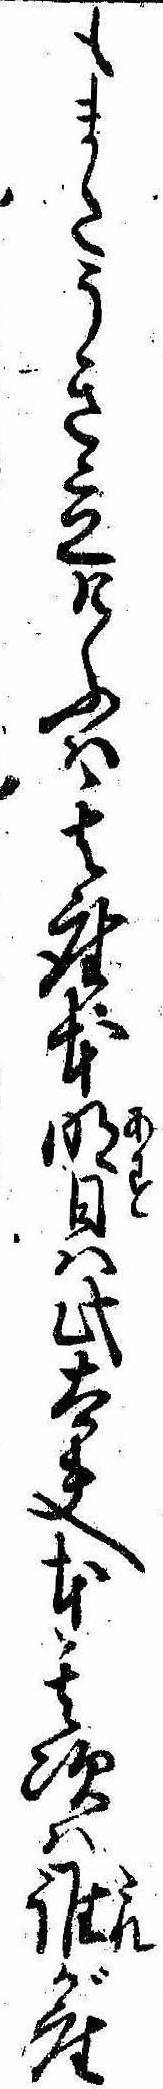
もまたうき立けふは其座本明日は此太夫本其次は誰が座